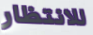
للانتظار